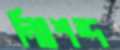
নিঃশব্দ